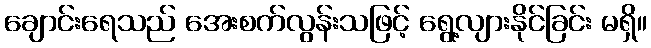
ချောင်းရေသည် အေးစက်လွန်းသဖြင့် ရွေ့လျားနိုင်ခြင်း မရှိ။